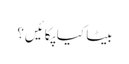
بیٹا کیا پکائیں؟